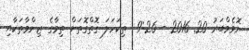
ނޮވެމްބަރު 20